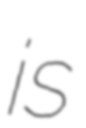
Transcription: is